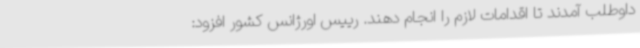
داوطلب آمدند تا اقدامات لازم را انجام دهند. رییس اورژانس کشور افزود: